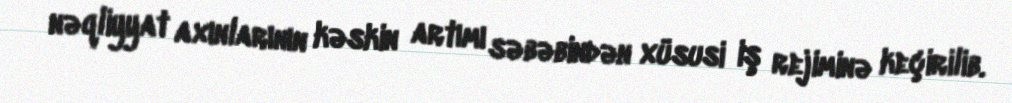
nəqliyyat axınlarının kəskin artımı səbəbindən xüsusi iş rejiminə keçirilib.